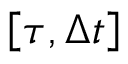
\left[ { \tau , \Delta t } \right]